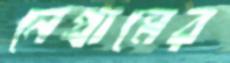
নেপ্রামের